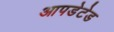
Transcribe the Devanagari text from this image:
आपडेटेड